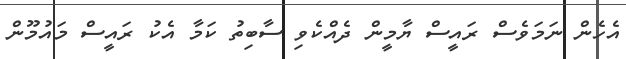
އެހެން ނަމަވެސް ރައީސް ޔާމީން ދެއްކެވި ސާބިތު ކަމާ އެކު ރައީސް މައުމޫން